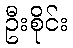
ဦးစိုင်း